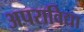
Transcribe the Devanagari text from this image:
अपराविद्या